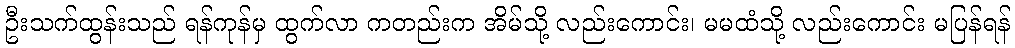
ဦးသက်ထွန်းသည် ရန်ကုန်မှ ထွက်လာ ကတည်းက အိမ်သို့ လည်းကောင်း၊ မမထံသို့ လည်းကောင်း မပြန်ရန်